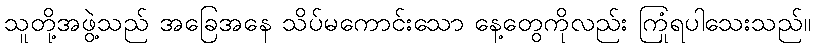
သူတို့အဖွဲ့သည် အခြေအနေ သိပ်မကောင်းသော နေ့တွေကိုလည်း ကြုံရပါသေးသည်။